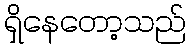
ရှိနေတော့သည်